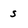
Character: S